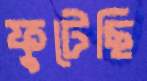
ফুটেছি